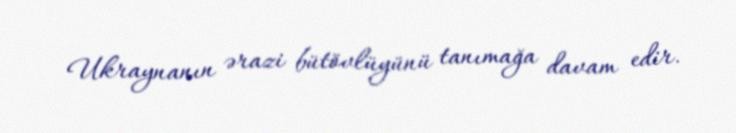
Ukraynanın ərazi bütövlüyünü tanımağa davam edir.